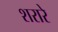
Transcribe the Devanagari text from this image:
शरारे